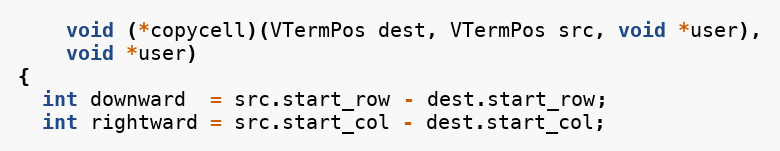
Language: C
    void (*copycell)(VTermPos dest, VTermPos src, void *user),
    void *user)
{
  int downward  = src.start_row - dest.start_row;
  int rightward = src.start_col - dest.start_col;